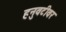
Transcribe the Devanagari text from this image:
हनुवटीवर